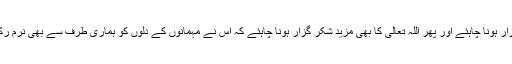
اور اس بات پر ان کو مہمانوں کا شکر گزار ہونا چاہئے اور پھر اللہ تعالیٰ کا بھی مزید شکر گزار ہونا چاہئے کہ اس نے مہمانوں کے دلوں کو ہماری طرف سے بھی نرم رکھا اور انہوں نے صَرفِ نظر سے کام لیا۔